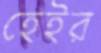
হেইর